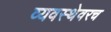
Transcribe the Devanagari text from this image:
व्यवस्थेवरच